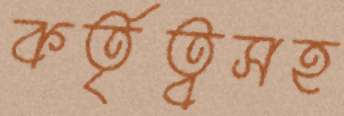
কর্তৃত্বসহ